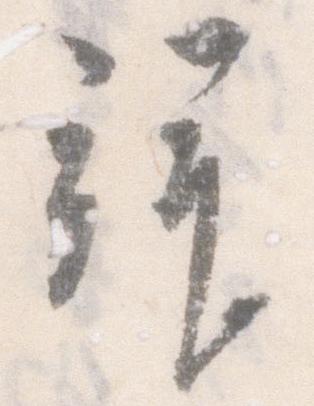
拝